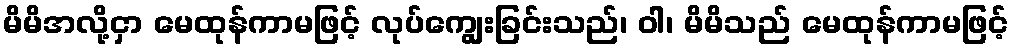
မိမိအလို့ငှာ မေထုန်ကာမဖြင့် လုပ်ကျွေးခြင်းသည်၊ ဝါ၊ မိမိသည် မေထုန်ကာမဖြင့်